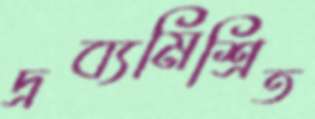
দ্রব্যমিশ্রিত